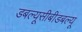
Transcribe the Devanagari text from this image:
डबल्यूसीबीडबल्यू